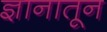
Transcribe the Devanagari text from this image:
ज्ञानातून